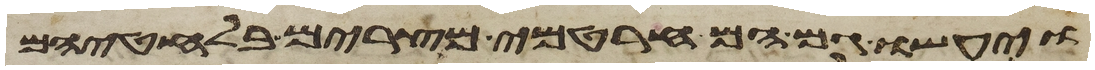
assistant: ויעשו גם הם חרטמי מצרים בלחטיהם